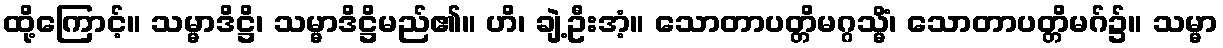
ထို့ကြောင့်။ သမ္မာဒိဋ္ဌိ၊ သမ္မာဒိဋ္ဌိမည်၏။ ဟိ၊ ချဲ့ဦးအံ့။ သောတာပတ္တိမဂ္ဂသ္မိံ၊ သောတာပတ္တိမဂ်၌။ သမ္မာ